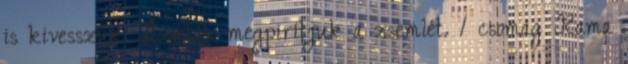
is kivesszük. Ezután megpirítjuk a zsemlét. 1 csomag Rama